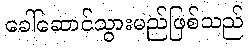
ခေါ်ဆောင်သွားမည်ဖြစ်သည်